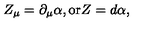
Z _ { \mu } = \partial _ { \mu } \alpha , \mathrm { o r } Z = d \alpha ,